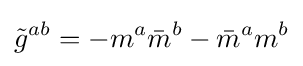
{\tilde {g}}^{ab}=-m^{a}{\bar {m}}^{b}-{\bar {m}}^{a}m^{b}